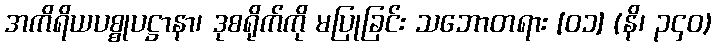
အကိရိယပစ္စုပဋ္ဌာနာ၊ ဒုစရိုက်ကို မပြုခြင်း သဘောတရား [၀၁] (နိ၊ ၃၄၀)